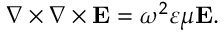
\begin{array} { r } { \nabla \times \nabla \times \mathbf { E } = \omega ^ { 2 } \varepsilon \mu \mathbf { E } . } \end{array}